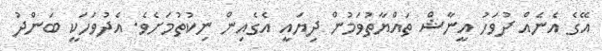
އޭގެ އެނެއް ދުވަހު އީނާޝް ތައްޔާތުވަމުން ދިޔައީ އެގެއިން ނިކުތުމަށެވެ. އެދުވަހަކީ ބަންދު